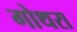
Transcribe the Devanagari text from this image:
गोथरा